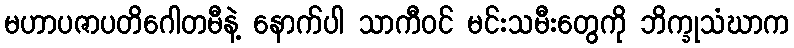
မဟာပဇာပတိဂေါတမီနဲ့ နောက်ပါ သာကီဝင် မင်းသမီးတွေကို ဘိက္ခုသံဃာက